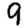
Digit: 9